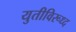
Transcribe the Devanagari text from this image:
युतीविरूध्द